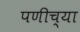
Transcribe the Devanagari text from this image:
पणीच्या